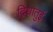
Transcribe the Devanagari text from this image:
द्विधातुई